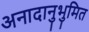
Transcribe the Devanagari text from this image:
अनादानुभुमित